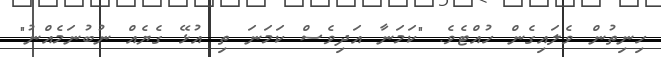
ހިނިތުން ވެލައިގެން ހުއްޓެވެ. "ކަމަނާ އަދިވެސް ކަމަނަ ތި އުޅޭ ގެޔެއް ނުބުނަމެއްނު"